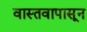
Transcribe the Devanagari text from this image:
वास्तवापासून